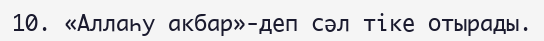
10. «Аллаһу акбар»-деп сәл тіке отырады.